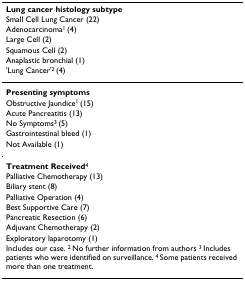
<table><thead><tr><td><b>Lung cancer histology subtype</b></td></tr><tr><td><b>Small Cell Lung Cancer (22)</b></td></tr><tr><td><b>Adenocarcinoma<sup>1 </sup>(4)</b></td></tr><tr><td><b>Large Cell (2)</b></td></tr><tr><td><b>Squamous Cell (2)</b></td></tr><tr><td><b>Anaplastic bronchial (1)</b></td></tr><tr><td><b>&#x27;Lung Cancer&#x27;<sup>2 </sup>(4)</b></td></tr></thead><tbody><tr><td><b>Presenting symptoms</b></td></tr><tr><td>Obstructive Jaundice<sup>1 </sup>(15)</td></tr><tr><td>Acute Pancreatitis (13)</td></tr><tr><td>No Symptoms<sup>3 </sup>(5)</td></tr><tr><td>Gastrointestinal bleed (1)</td></tr><tr><td>Not Available (1)</td></tr><tr><td><b>Treatment Received</b><sup>4</sup></td></tr><tr><td>Palliative Chemotherapy (13)</td></tr><tr><td>Biliary stent (8)</td></tr><tr><td>Palliative Operation (4)</td></tr><tr><td>Best Supportive Care (7)</td></tr><tr><td>Pancreatic Resection (6)</td></tr><tr><td>Adjuvant Chemotherapy (2)</td></tr><tr><td>Exploratory laparotomy (1)</td></tr><tr><td>Includes our case. <sup>2 </sup>No further information from authors <sup>3 </sup>Includes patients who were identified on surveillance. <sup>4 </sup>Some patients received more than one treatment.</td></tr></tbody></table>